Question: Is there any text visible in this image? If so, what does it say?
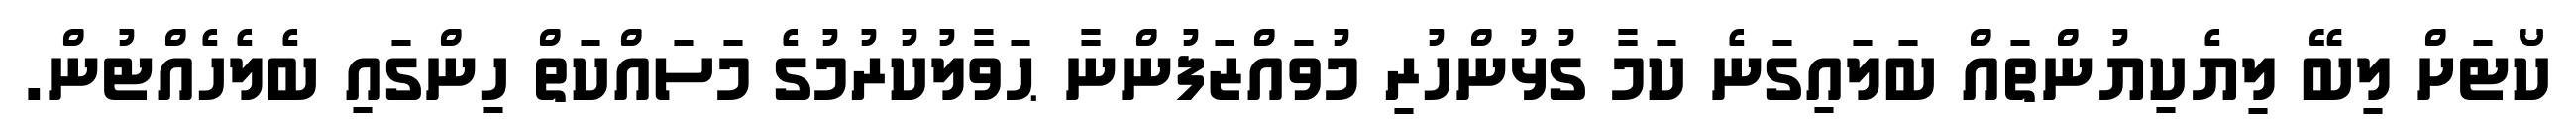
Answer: ކޯޓަށް ލިބޭ ލިޔެކިޔުންތައް ބަލައިގަނެ ކަމާ ގުޅުންހުރި މުވައްޒަފުންނާ ޙަވާލުކުރުމުގެ މަސައްކަތް ހިންގައި ބެލެހެއްޓުން.